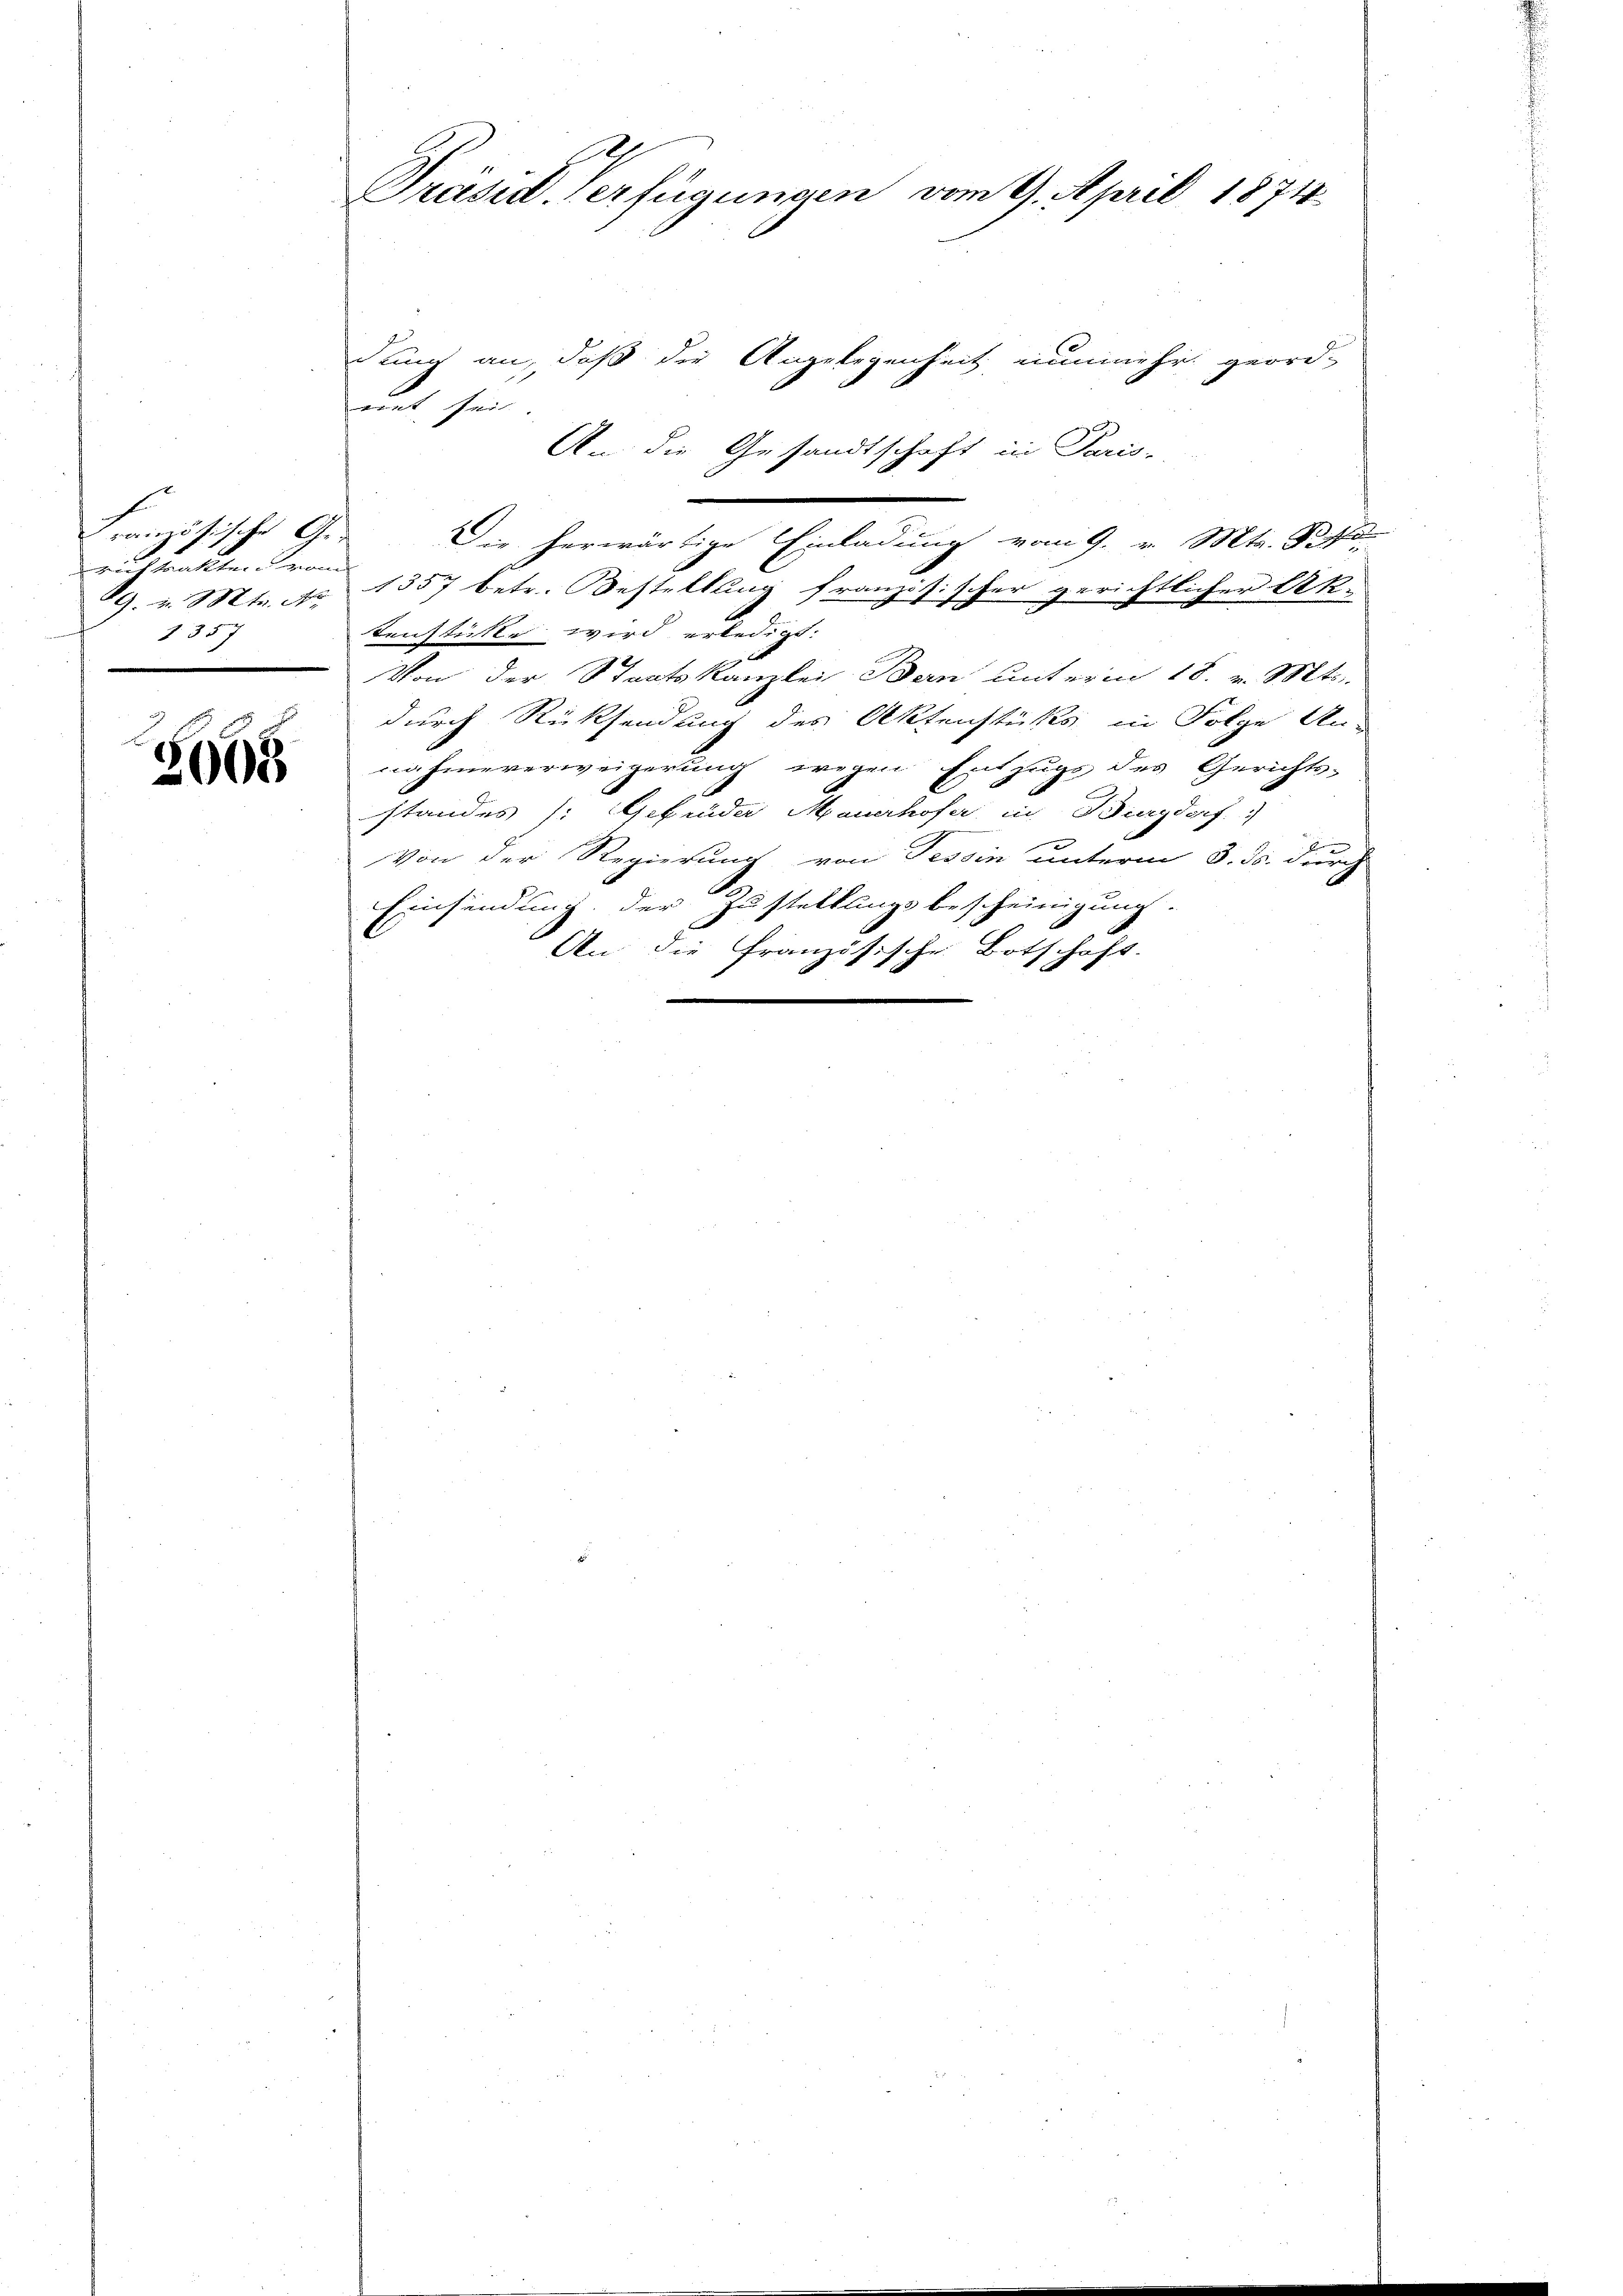
Französische G
rich trakten Kran
1357

3665

Präsid. Verfügungen vom 9. April 1874.

dum an, daß die Angelegenheit nunmehr geord-
mit sei.
An die Gesandtschaft in Paris-
d
2
Die herwärtige Einladung vom 9. v. Mts. Pipe
G. v. Mts. No 1557 betr. Bestellung französischer gerichtlicher Oek.
tenstütte wird erledigt.
Von der Staatskanzlei Bern unterm 18. v. Mts.
durch Rücksendung des Aktenstücks in Folge An-
nahmeverweigerung wegen Entzugs des Gerichts-
standes /: Gebrüder Mauerhofer, in Burgdorf
Von der Regierung von Tessin unterm 3. ds. durch
Einsendung der Zustellungsbescheinigung.
An die französische Botschaft.